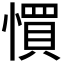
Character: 𢠼